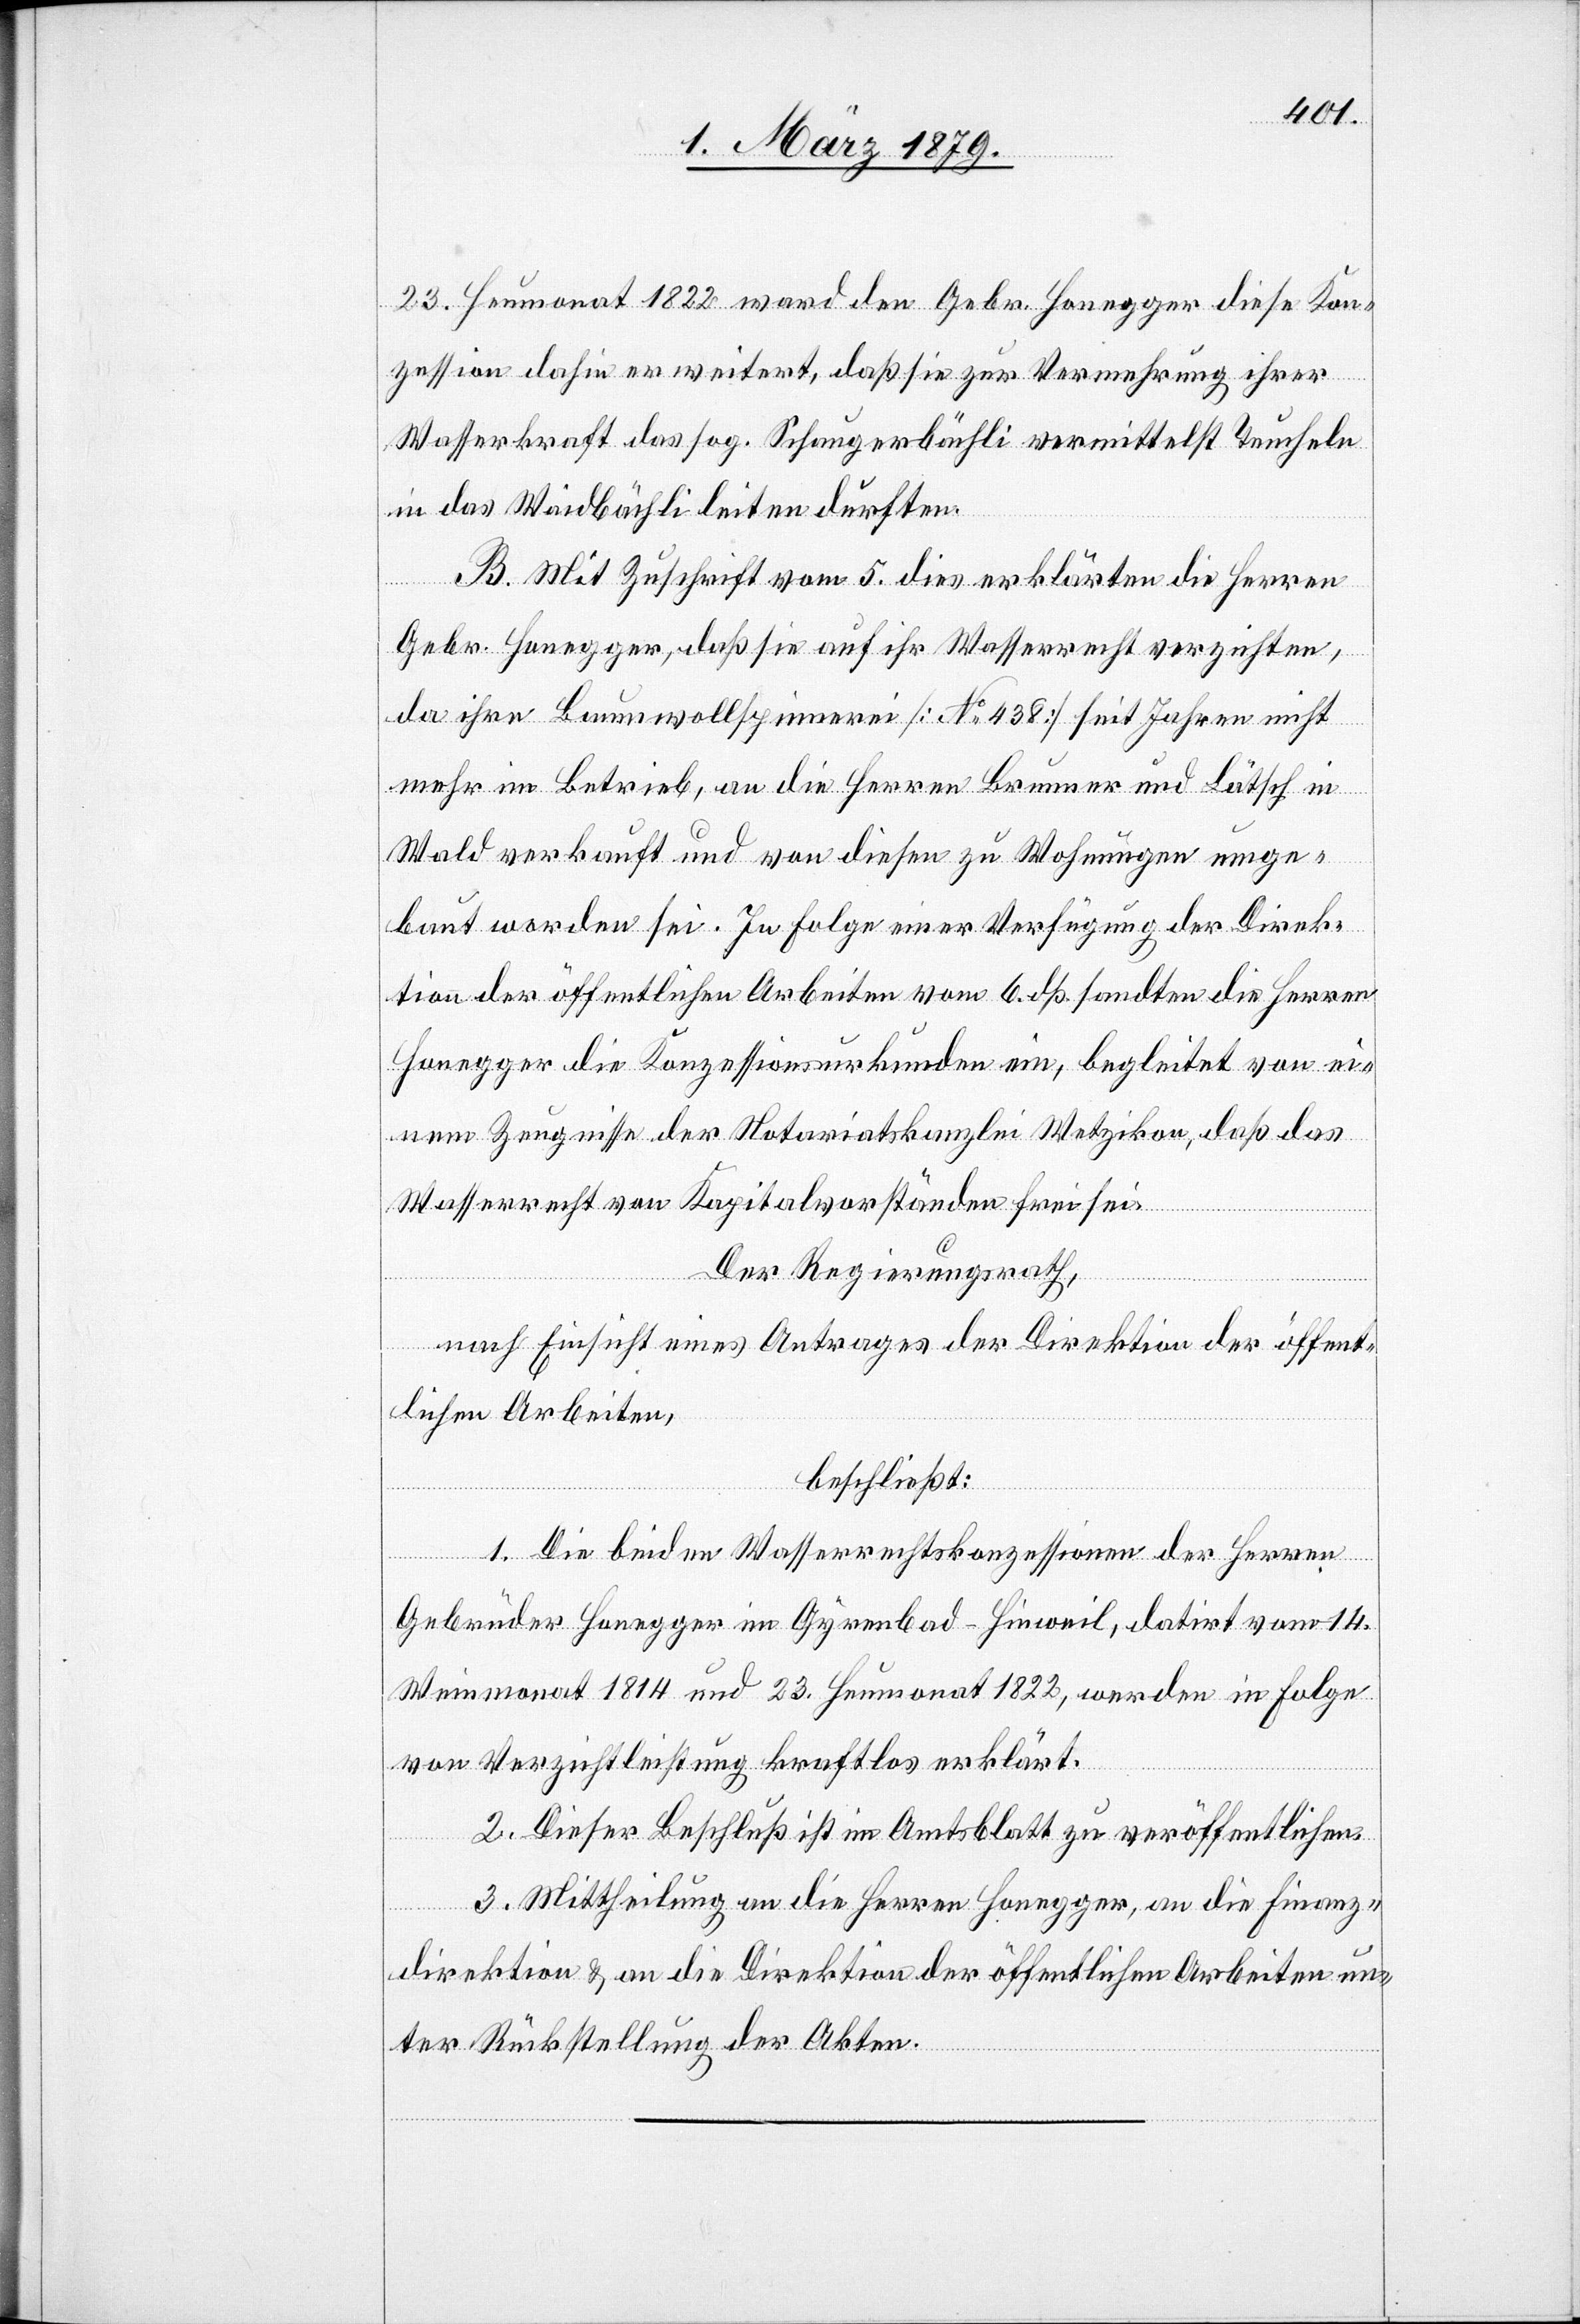
23. Heumonat 1822 ward den Gebr. Honegger diese Kon¬
zession dahin erweitert, daß sie zur Vermehrung ihrer
Wasserkraft das sog. Schaugerbächli vermittelst Teucheln
in das Waidbächli leiten durften.
B. Mit Zuschrift vom 5. dies erklärten die Herren
Gebr. Honegger, daß sie auf ihr Wasserrecht verzichten,
da ihre Baumwollspinnerei [No 438] seit Jahren nicht
mehr im Betrieb, an die Herren Brunner und Lätsch in
Wald verkauft und von diesen zu Wohnungen umge¬
baut worden sei. In Folge einer Verfügung der Direk¬
tion der öffentlichen Arbeiten vom 6. dß. sandten die Herren
Honegger die Konzessionsurkunden ein, begleitet von ei¬
nem Zeugnisse der Notariatskanzlei Wetzikon, daß das
Wasserrecht von Kapitalvorständen frei sei.
Der Regierungsrath,
nach Einsicht eines Antrages der Direktion der öffent¬
lichen Arbeiten,
beschließt:
1. Die beiden Wasserrechtskonzessionen der Herren
Gebrüder Honegger im Gyrenbad - Hinweil, datirt vom 14.
Weinmonat 1814 und 23. Heumonat 1822, werden in Folge
von Verzichtleistung kraftlos erklärt.
2. Dieser Beschluß ist im Amtsblatt zu veröffentlichen.
3. Mittheilung an die Herren Honegger, an die Finanz¬
direktion & an die Direktion der öffentlichen Arbeiten un¬
ter Rückstellung der Akten.